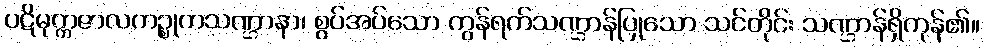
ပဋိမုက္ကဇာလကဉ္စုကသဏ္ဌာနာ၊ စွပ်အပ်သော ကွန်ရက်သဏ္ဌာန်ပြုသော သင်တိုင်း သဏ္ဌာန်ရှိကုန်၏။